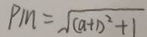
P M = \sqrt { ( a + 1 ) ^ { 2 } + 1 }